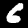
Digit: 6